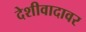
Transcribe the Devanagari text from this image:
देशीवादावर